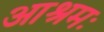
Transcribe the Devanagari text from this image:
आश्रमः